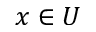
x \in U